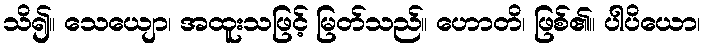
သိ၍။ သေယျော၊ အထူးသဖြင့် မြတ်သည်။ ဟောတိ၊ ဖြစ်၏။ ပါပိယော၊